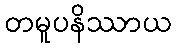
တမူပနိဿာယ